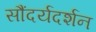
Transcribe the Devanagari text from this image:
सौंदर्यदर्शन